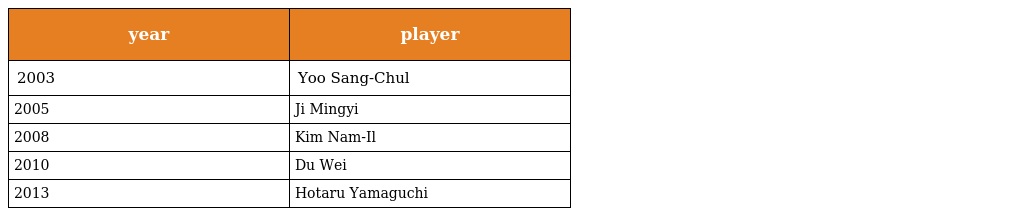
| year | player |
 | --- | --- |
 | 2003 | Yoo Sang-Chul |
 | 2005 | Ji Mingyi |
 | 2008 | Kim Nam-Il |
 | 2010 | Du Wei |
 | 2013 | Hotaru Yamaguchi |